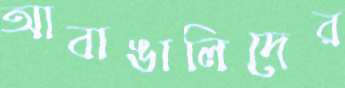
আবাঙালিদের